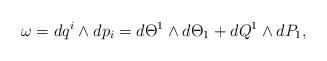
LaTeX: \begin{align*}\omega=dq^{i}\wedge dp_{i}=d\Theta^{1}\wedge d\Theta_{1}+dQ^{1}\wedge dP_{1},\end{align*}